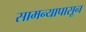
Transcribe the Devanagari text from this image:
सामन्यापासून